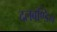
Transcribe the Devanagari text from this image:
दलबण्डिन